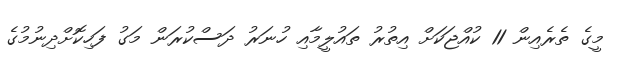
މީގެ ތެރެއިން 11 ކުއްޖަކަށް އިތުރު ތައުލީމާއި ހުނަރު ދަސްކުރަން މަގު ފަހިކޮށްދިނުމުގެ